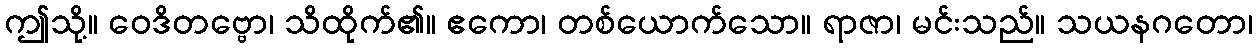
ဤသို့။ ဝေဒိတဗ္ဗော၊ သိထိုက်၏။ ဧကော၊ တစ်ယောက်သော။ ရာဇာ၊ မင်းသည်။ သယနဂတော၊